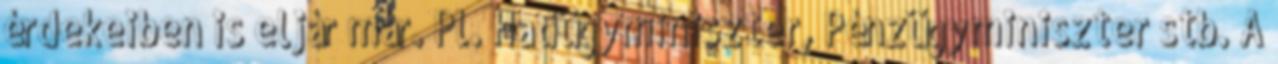
érdekeiben is eljár már. Pl. Hadügyminiszter, Pénzügyminiszter stb. A